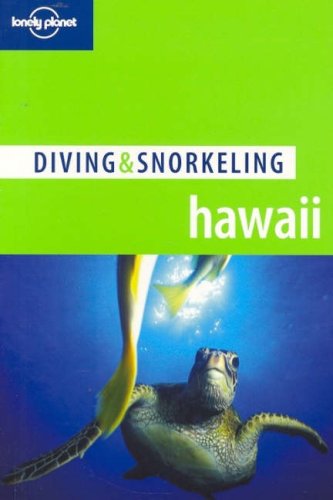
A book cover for Lonely Planet Diving & Snorkeling Hawaii; Casey Mahaney; Travel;